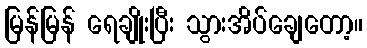
မြန်မြန် ရေချိုးပြီး သွားအိပ်ချေတော့။